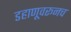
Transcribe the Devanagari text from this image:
डहाणूवरूनच